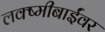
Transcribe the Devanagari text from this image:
लक्ष्मीबाईंवर